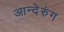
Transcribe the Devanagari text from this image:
आन्देरुंग